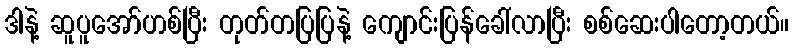
ဒါနဲ့ ဆူပူအော်ဟစ်ပြီး တုတ်တပြပြနဲ့ ကျောင်းပြန်ခေါ်လာပြီး စစ်ဆေးပါတော့တယ်။